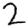
Digit: 2